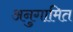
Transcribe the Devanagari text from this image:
अनुगामित